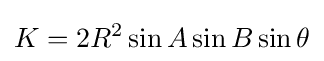
\displaystyle K=2R^{2}\sin {A}\sin {B}\sin {\theta }